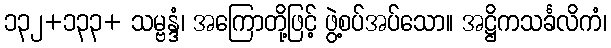
၁၃၂+၁၃၃+ သမ္ဗန္ဒံ၊ အကြောတို့ဖြင့် ဖွဲ့စပ်အပ်သော။ အဋ္ဌိကသင်္ခလိကံ၊